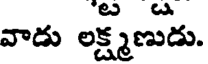
వాడు లక్ష్మణుడు.